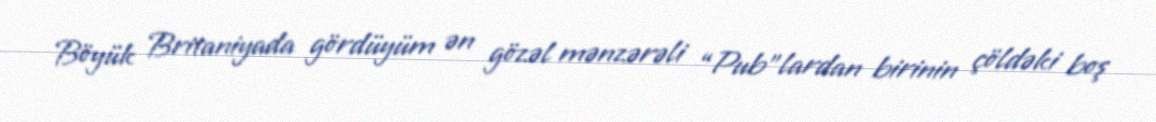
Böyük Britaniyada gördüyüm ən gözəl mənzərəli “Pub”lardan birinin çöldəki boş